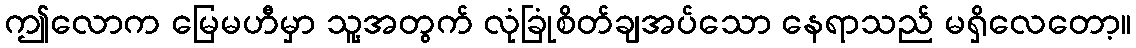
ဤလောက မြေမဟီမှာ သူ့အတွက် လုံခြုံစိတ်ချအပ်သော နေရာသည် မရှိလေတော့။